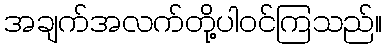
အချက်အလက်တို့ပါဝင်ကြသည်။